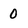
Character: 0